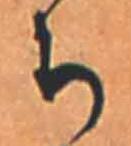
ち